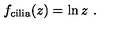
f _ { \mathrm { c i l i a } } ( z ) = \ln z \ .